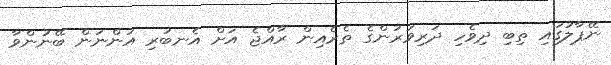
ނޭޕާލުގައި ތިބި ދިވެހި ދަރިވަރުންގެ ތެރެއިން ރާއްޖެ އަށް އެނބުރި އަންނަން ބޭނުންވާ